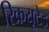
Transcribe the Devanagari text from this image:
रिक्रयूटेड